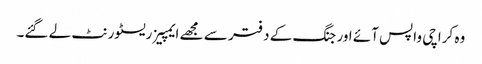
وہ کراچی واپس آئے اور جنگ کے دفتر سے مجھے ایمپیز ریسٹورنٹ لے گئے۔